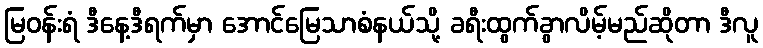
မြဝန်းရံ ဒီနေ့ဒီရက်မှာ အောင်မြေသာစံနယ်သို့ ခရီးထွက်ခွာလိမ့်မည်ဆိုတာ ဒီလူ